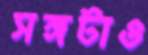
সঙ্গটাও